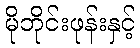
မိုဘိုင်းဖုန်းနှင့်